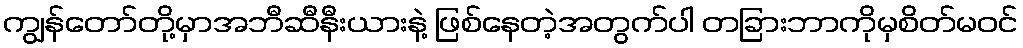
ကျွန်တော်တို့မှာအဘီဆီနီးယားနဲ့ ဖြစ်နေတဲ့အတွက်ပါ တခြားဘာကိုမှစိတ်မဝင်